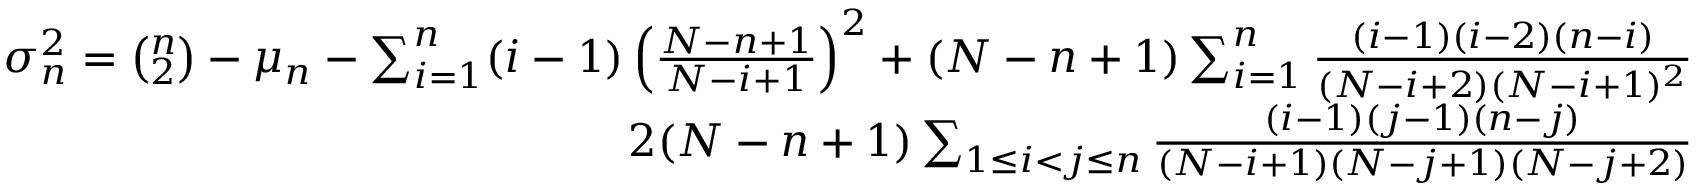
\begin{array} { r } { \sigma _ { n } ^ { 2 } = { \binom { n } { 2 } } - \mu _ { n } - \sum _ { i = 1 } ^ { n } ( i - 1 ) \left( \frac { N - n + 1 } { N - i + 1 } \right) ^ { 2 } + ( N - n + 1 ) \sum _ { i = 1 } ^ { n } \frac { ( i - 1 ) ( i - 2 ) ( n - i ) } { ( N - i + 2 ) ( N - i + 1 ) ^ { 2 } } } \\ { 2 ( N - n + 1 ) \sum _ { 1 \leq i < j \leq n } \frac { ( i - 1 ) ( j - 1 ) ( n - j ) } { ( N - i + 1 ) ( N - j + 1 ) ( N - j + 2 ) } } \end{array}